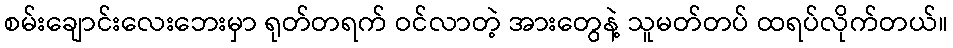
စမ်းချောင်းလေးဘေးမှာ ရုတ်တရက် ဝင်လာတဲ့ အားတွေနဲ့ သူမတ်တပ် ထရပ်လိုက်တယ်။